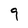
Character: 9